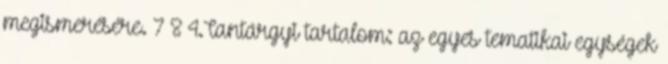
megismerésére. 7 8 4.Tantárgyi tartalom: az egyes tematikai egységek